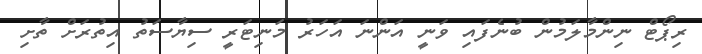
ރިޕޯޓް ނިންމާލަމުން ބުނެފައި ވަނީ އަންނަ އަހަރު މަނިޓަރީ ސިޔާސަތު އިތުރަށް ތާށި